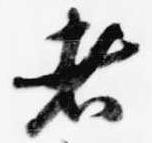
者